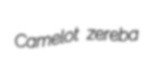
Camelot zereba